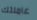
عاملتك